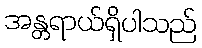
အန္တရာယ်ရှိပါသည်